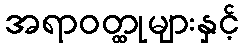
အရာဝတ္ထုများနှင့်